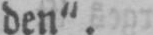
den“.